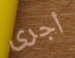
أجرى